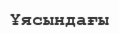
Ұясындағы